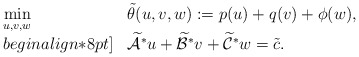
\begin{align*}\begin{array}{ll}\displaystyle\min_{u,v,w} & \tilde{\theta}(u,v,w): = p(u) + q(v) + \phi(w),\\begin{align*}8pt] & \widetilde{\mathcal{A}}^*u + \widetilde{\mathcal{B}}^*v + \widetilde{\mathcal{C}}^*w = \tilde{c}.\end{array}\end{align*}